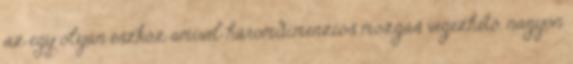
az egy olyan eszköz amivel háromdimenziós mozgás végezhető, nagyon